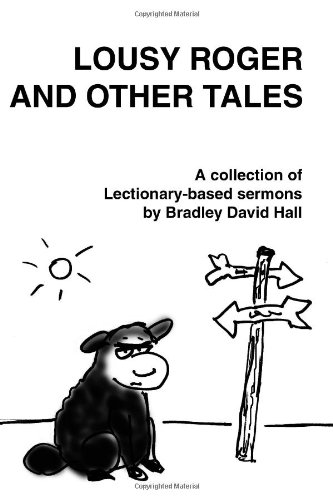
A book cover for Lousy Roger and Other Tales: A collection of Lectionary-based sermons; Bradley David Hall; Christian Books & Bibles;